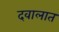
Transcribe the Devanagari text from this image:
दवालात